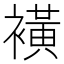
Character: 𧝒